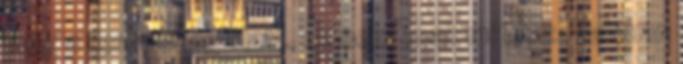
meg a terhesség alatt, ez nem csak mítosz. Valóban